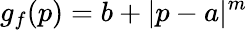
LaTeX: g_{f}(p)=b+|p-a|^{m}